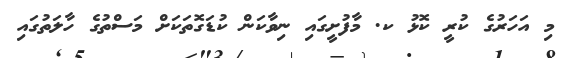
މި އަހަރުގެ ކުރީ ކޮޅު ކ. މާފުށީގައި ނިވާކަން ކުޑަގޮތަކަށް މަސްތުގެ ހާލަތުގައި